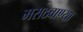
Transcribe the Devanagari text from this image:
मराठवाण्या